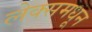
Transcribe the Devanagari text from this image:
लेक्समधून